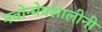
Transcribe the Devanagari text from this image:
नवोन्मेषशालीनी